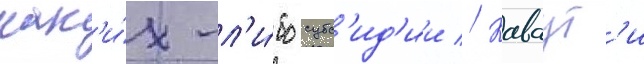
как'и́х-л'и́бо субс'ид'ии // Каваут'и